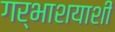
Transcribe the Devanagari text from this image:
गर्भाशयाशी